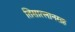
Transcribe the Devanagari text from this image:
तिसात्लानसह